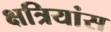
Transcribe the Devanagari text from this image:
क्षत्रियांस